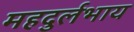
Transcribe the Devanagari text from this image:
महदुर्लभाय